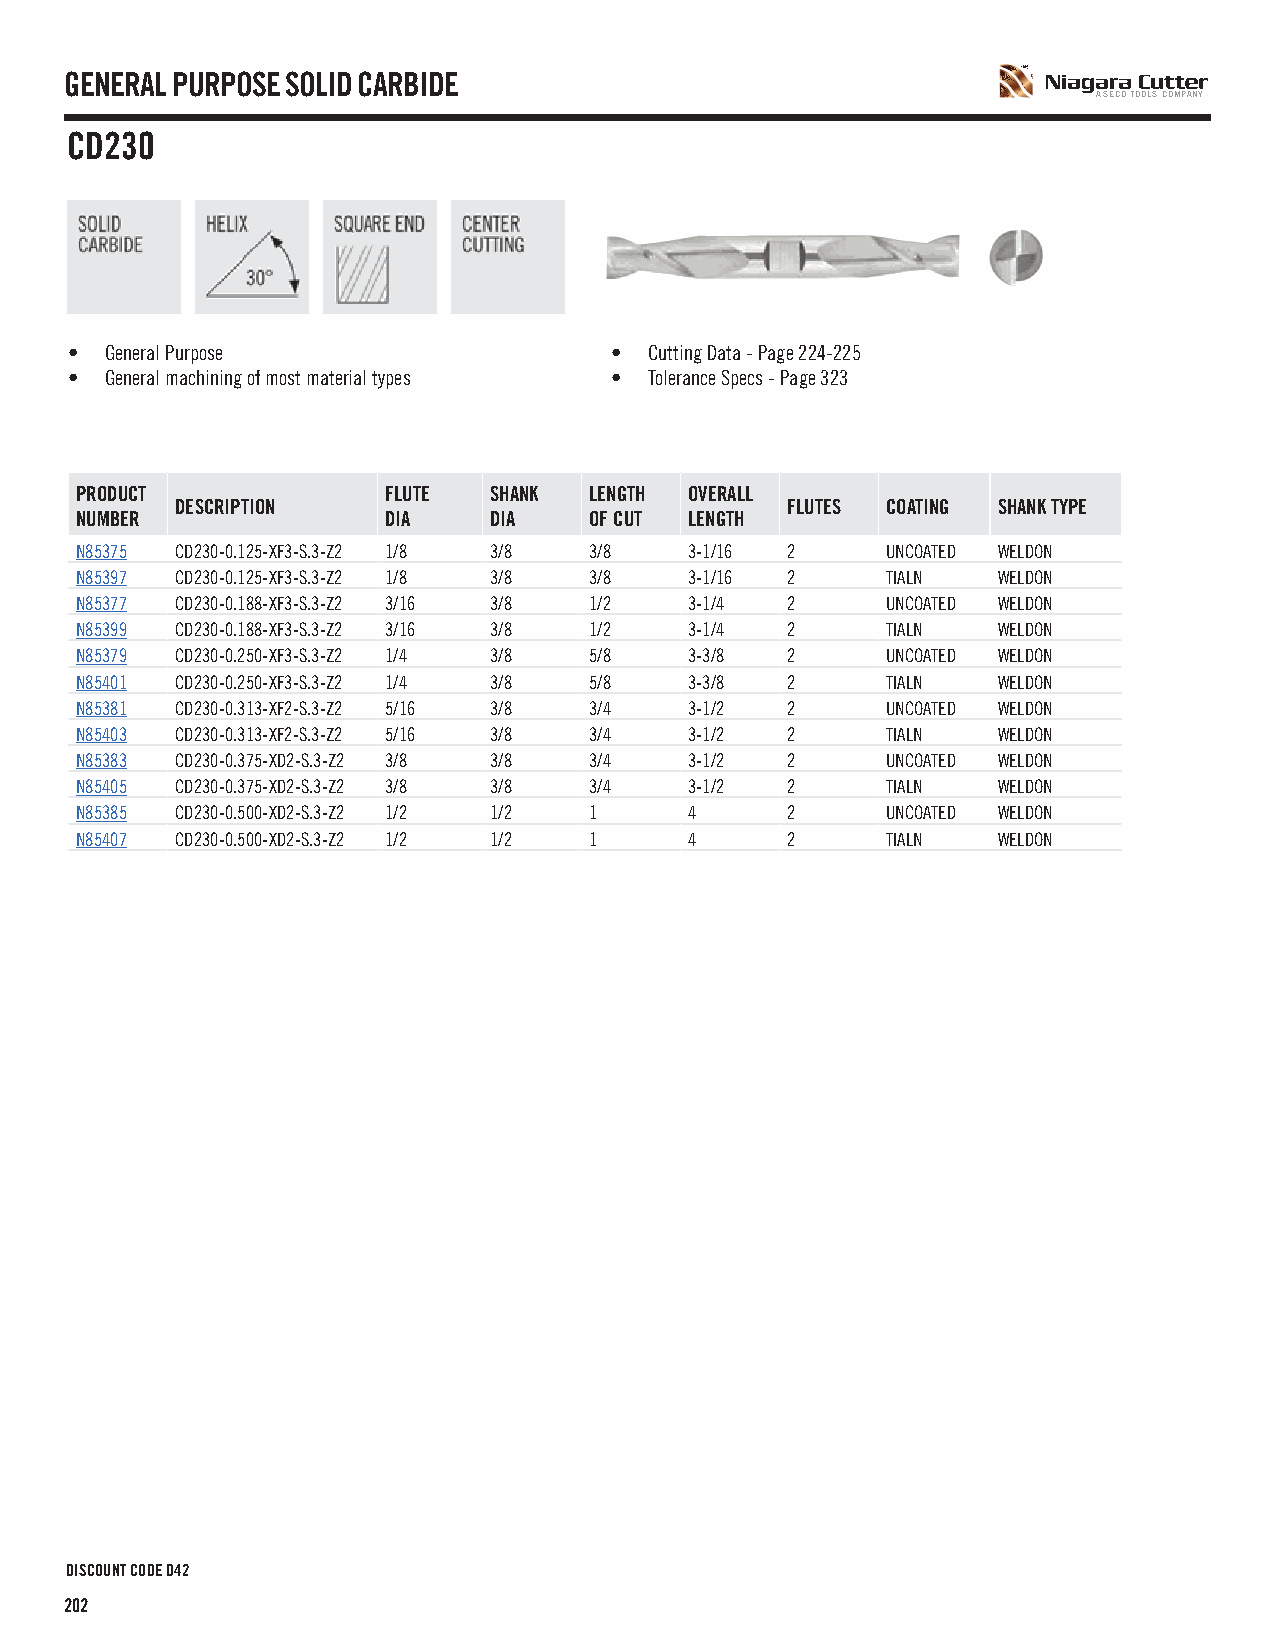
GENERAL PURPOSE SOLID CARBIDE
 A SECO TOOLS COMPANY
 CD230
 •  General Purpose                  •  Cutting Data - Page 224-225
 •  General machining of most material types • Tolerance Specs - Page 323
 PRODUCT             FLUTE  SHANK  LENGTH OVERALL
 DESCRIPTION                             FLUTES COATING SHANK TYPE
 NUMBER              DIA    DIA    OF CUT LENGTH
 N85375 CD230-0.125-XF3-S.3-Z2 1/8 3/8 3/8 3-1/16 2    UNCOATED WELDON
 N85397 CD230-0.125-XF3-S.3-Z2 1/8 3/8 3/8 3-1/16 2    TIALN  WELDON
 N85377 CD230-0.188-XF3-S.3-Z2 3/16 3/8 1/2 3-1/4 2    UNCOATED WELDON
 N85399 CD230-0.188-XF3-S.3-Z2 3/16 3/8 1/2 3-1/4 2    TIALN  WELDON
 N85379 CD230-0.250-XF3-S.3-Z2 1/4 3/8 5/8 3-3/8 2     UNCOATED WELDON
 N85401 CD230-0.250-XF3-S.3-Z2 1/4 3/8 5/8 3-3/8 2     TIALN  WELDON
 N85381 CD230-0.313-XF2-S.3-Z2 5/16 3/8 3/4 3-1/2 2    UNCOATED WELDON
 N85403 CD230-0.313-XF2-S.3-Z2 5/16 3/8 3/4 3-1/2 2    TIALN  WELDON
 N85383 CD230-0.375-XD2-S.3-Z2 3/8 3/8 3/4 3-1/2 2     UNCOATED WELDON
 N85405 CD230-0.375-XD2-S.3-Z2 3/8 3/8 3/4 3-1/2 2     TIALN  WELDON
 N85385 CD230-0.500-XD2-S.3-Z2 1/2 1/2 1  4     2      UNCOATED WELDON
 N85407 CD230-0.500-XD2-S.3-Z2 1/2 1/2 1  4     2      TIALN  WELDON
 DISCOUNT CODE D42
 202